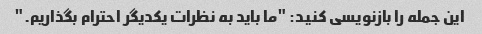
این جمله را بازنویسی کنید: "ما باید به نظرات یکدیگر احترام بگذاریم."